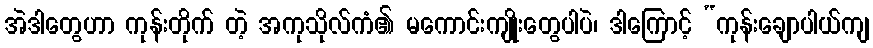
အဲဒါတွေဟာ ကုန်းတိုက် တဲ့ အကုသိုလ်ကံ၏ မကောင်းကျိုးတွေပါပဲ၊ ဒါကြောင့် “ကုန်းချောပါယ်ကျ